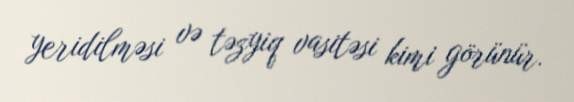
yeridilməsi və təzyiq vasitəsi kimi görünür.